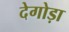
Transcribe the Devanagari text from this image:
देगोड़ा